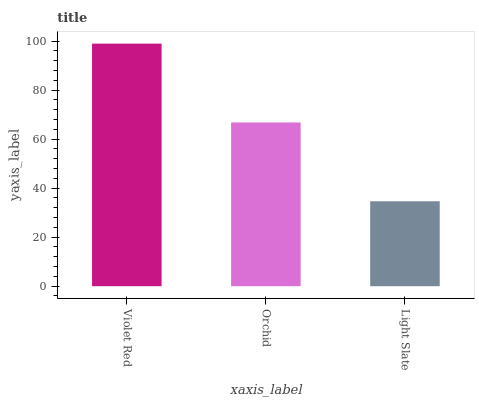
| xaxis_label | bars |
 | --- | --- |
 | Violet Red | 99 |
 | Orchid | 66.8 |
 | Light Slate | 34.7 |